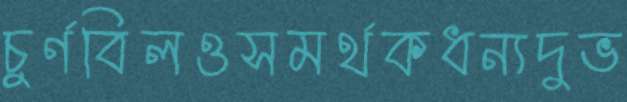
চুর্ণবিলওসমর্থকধন্যদুভ